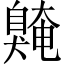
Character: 𫇌